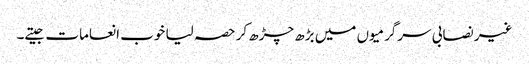
غیر نصابی سرگرمیوں میں بڑھ چڑھ کر حصہ لیا خوب انعامات جیتے۔